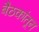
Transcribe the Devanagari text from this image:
बैठकांतून